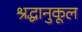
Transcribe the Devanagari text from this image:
श्रद्धानुकूल